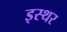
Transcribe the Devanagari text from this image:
इस्थर